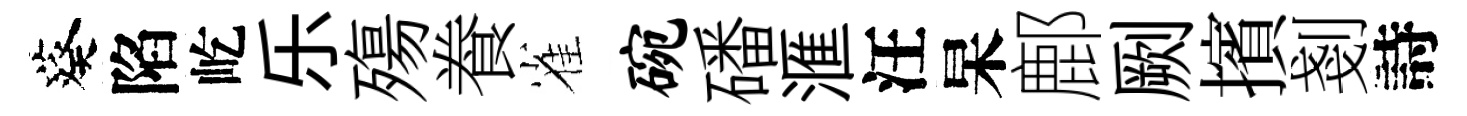
葵陷屹乐殤飬雀碗磻滙汪杲鄜劂擯剗詩